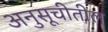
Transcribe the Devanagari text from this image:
अनुसूचीतील